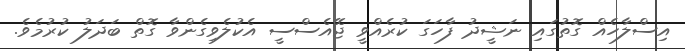
އިސްލާހެއް ގޮތުގައި ނަޝީދު ފާހަގަ ކުރެއްވީ ޖޭއެސްސީ އެކުލެވިގެންވާ ގޮތް ބަދަލު ކުރުމެވެ.